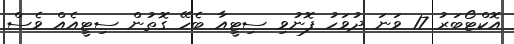
އޮކްޓޯބަރު 17 ވަނަ ދުވަހު ފޮނުވި ސިޓީއާ ބެހޭ ގޮތުން ސިޓީއެއް ވެސް